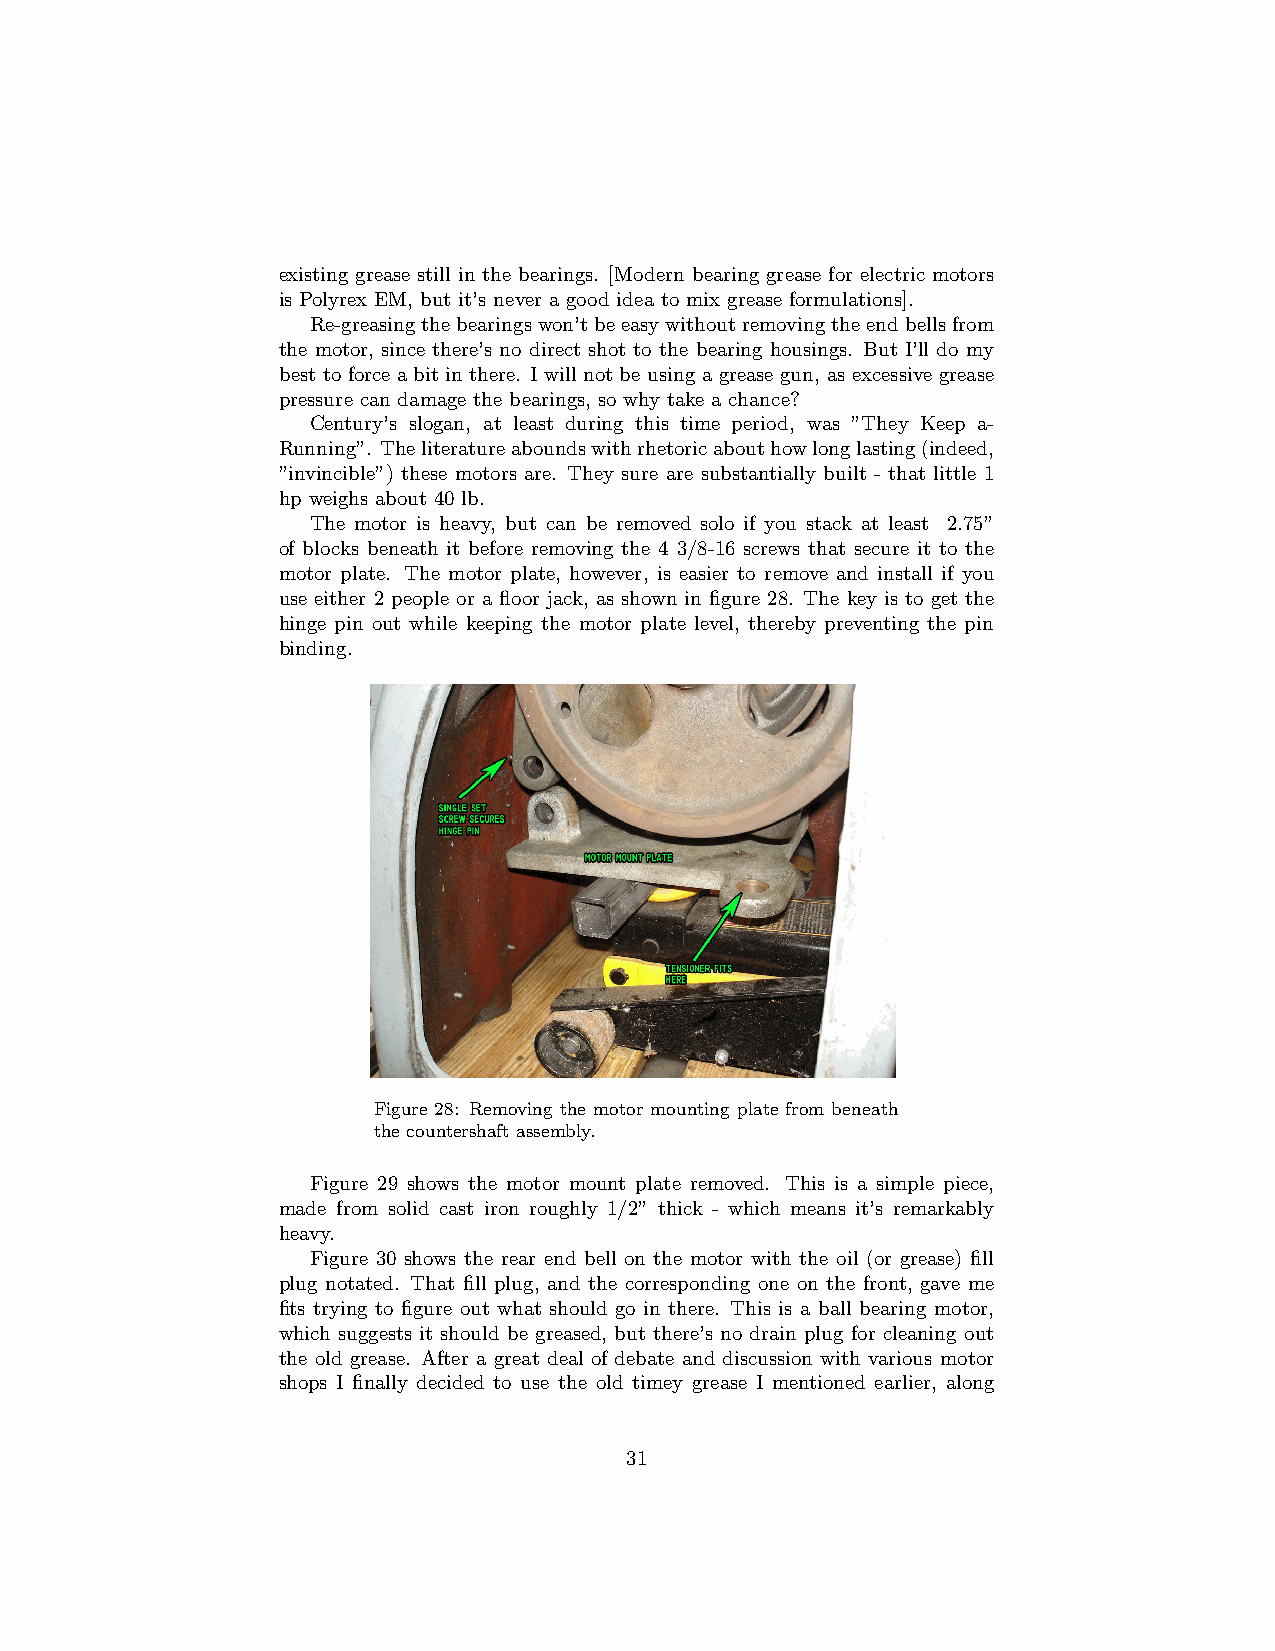
existing grease still in the bearings. [Modern bearing grease for electric motors
 is Polyrex EM, but it’s never a good idea to mix grease formulations].
 Re-greasingthebearingswon’tbeeasywithoutremovingtheendbellsfrom
 the motor, since there’s no direct shot to the bearing housings. But I’ll do my
 best to force a bit in there. I will not be using a grease gun, as excessive grease
 pressure can damage the bearings, so why take a chance?
 Century’s slogan, at least during this time period, was ”They Keep a-
 Running”. Theliteratureaboundswithrhetoricabouthowlonglasting(indeed,
 ”invincible”) these motors are. They sure are substantially built - that little 1
 hp weighs about 40 lb.
 The motor is heavy, but can be removed solo if you stack at least 2.75”
 of blocks beneath it before removing the 4 3/8-16 screws that secure it to the
 motor plate. The motor plate, however, is easier to remove and install if you
 use either 2 people or a floor jack, as shown in figure 28. The key is to get the
 hinge pin out while keeping the motor plate level, thereby preventing the pin
 binding.
 Figure 28: Removing the motor mounting plate from beneath
 the countershaft assembly.
 Figure 29 shows the motor mount plate removed. This is a simple piece,
 made from solid cast iron roughly 1/2” thick - which means it’s remarkably
 heavy.
 Figure 30 shows the rear end bell on the motor with the oil (or grease) fill
 plug notated. That fill plug, and the corresponding one on the front, gave me
 fits trying to figure out what should go in there. This is a ball bearing motor,
 which suggests it should be greased, but there’s no drain plug for cleaning out
 the old grease. After a great deal of debate and discussion with various motor
 shops I finally decided to use the old timey grease I mentioned earlier, along
 31